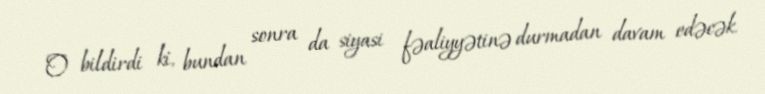
O bildirdi ki, bundan sonra da siyasi fəaliyyətinə durmadan davam edəcək.